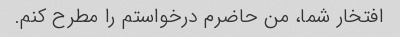
افتخار شما، من حاضرم درخواستم را مطرح کنم.